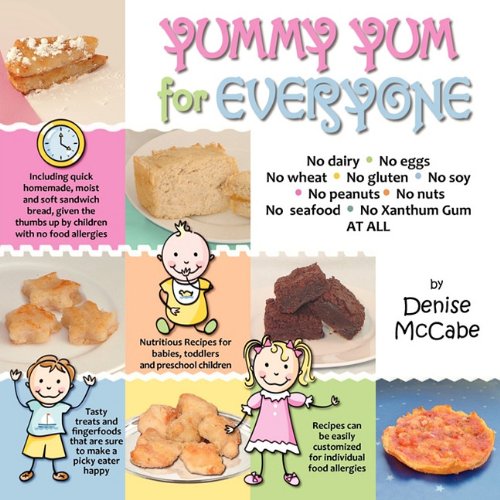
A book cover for Yummy Yum for Everyone: A Childrens Allergy Cookbook (Completely Dairy-Free, Egg-Free, Wheat-Free, Gluten-Free, Soy-Free, Peanut-Free, Nut-Fre; Denise McCabe; Health, Fitness & Dieting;